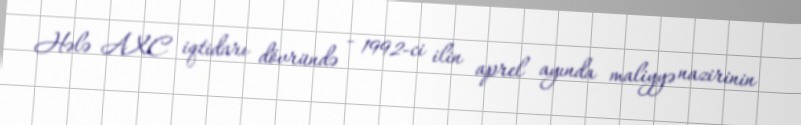
Hələ AXC iqtidarı dövründə - 1992-ci ilin aprel ayında maliyyə nazirinin